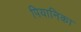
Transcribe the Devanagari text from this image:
पियानिका